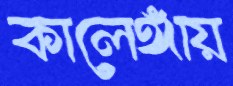
কালেঙ্গায়